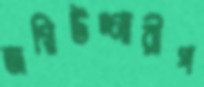
অগ্নিউদ্গারীপ